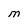
Character: O